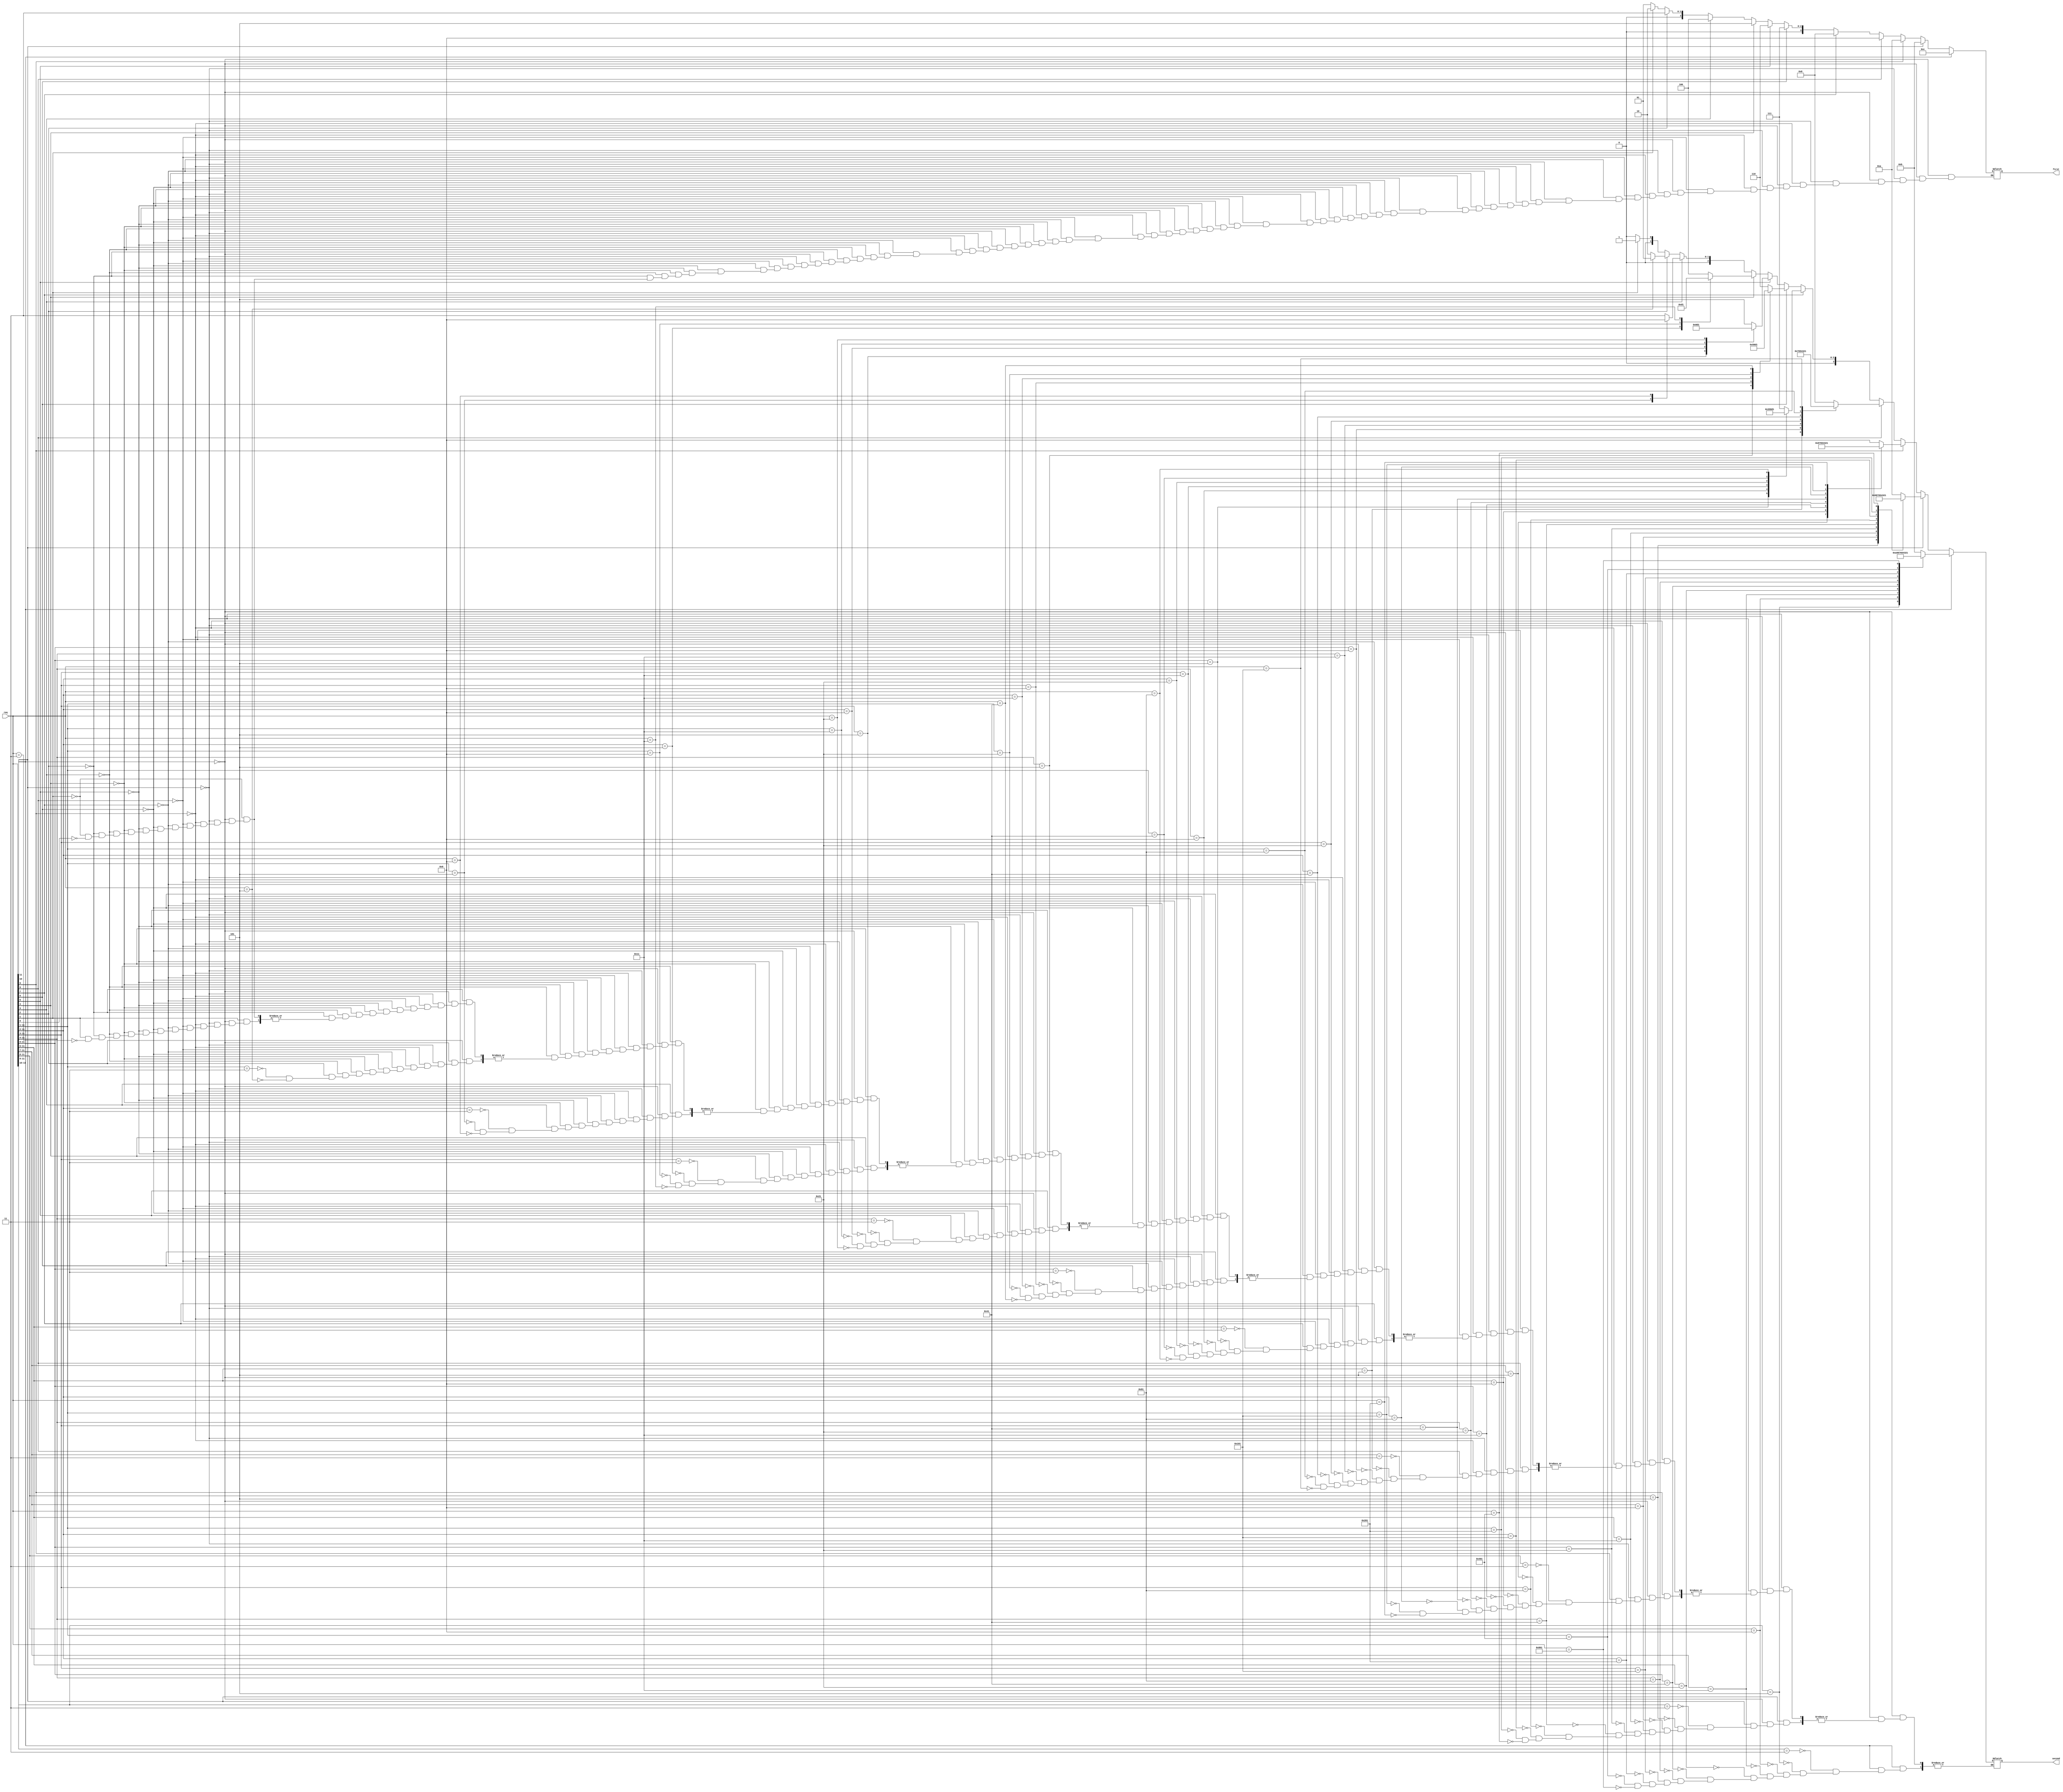
`timescale 1ns / 1ps
//////////////////////////////////////////////////////////////////////////////////
// Company: 
// Engineer: 
// 
// Design Name: 
// Module Name:    dual_priority_encoder 
// Project Name: 
// Target Devices: 
// Tool versions: 
// Description: 
//
// Dependencies: 
//
// Revision: 
// Revision 0.01 - File Created
// Additional Comments: 
//
//////////////////////////////////////////////////////////////////////////////////
module dual_priority_encoder(
    input wire [11:0] req,
	 output reg [3:0] first,
	 output reg [3:0] second
    );
    
	 always @*
	  begin
	   if(req[11])
		 begin
		 first = 4'b1100;
		  casez(req)
		  12'b11??????????: second = 4'b1011;
		  12'b101?????????: second = 4'b1010;
		  12'b1001????????: second = 4'b1001;
		  12'b10001???????: second = 4'b1000;
		  12'b100001??????: second = 4'b0111;
		  12'b1000001?????: second = 4'b0110;
		  12'b10000001????: second = 4'b0101;
		  12'b100000001???: second = 4'b0100;
		  12'b1000000001??: second = 4'b0011;
		  12'b10000000001?: second = 4'b0010;
		  12'b100000000001: second = 4'b0001;
		  endcase
		 end
		else if(req[10])
		 begin
		  first = 4'b1011;
		  casez(req)
		  12'b011?????????: second = 4'b1010;
		  12'b0101????????: second = 4'b1001;
		  12'b01001???????: second = 4'b1000;
		  12'b010001??????: second = 4'b0111;
		  12'b0100001?????: second = 4'b0110;
		  12'b01000001????: second = 4'b0101;
		  12'b010000001???: second = 4'b0100;
		  12'b0100000001??: second = 4'b0011;
		  12'b01000000001?: second = 4'b0010;
		  12'b010000000001: second = 4'b0001;
		  endcase		   
		 end
		else if(req[9])
		 begin
		  first = 4'b1010;
		  casez(req)
		  12'b0011????????: second = 4'b1001;
		  12'b00101???????: second = 4'b1000;
		  12'b001001??????: second = 4'b0111;
		  12'b0010001?????: second = 4'b0110;
		  12'b00100001????: second = 4'b0101;
		  12'b001000001???: second = 4'b0100;
		  12'b0010000001??: second = 4'b0011;
		  12'b00100000001?: second = 4'b0010;
		  12'b001000000001: second = 4'b0001;
		  endcase		   
		 end	
		else if(req[8])
		 begin
		  first = 4'b1001;
		  casez(req)
		  12'b00011???????: second = 4'b1000;
		  12'b000101??????: second = 4'b0111;
		  12'b0001001?????: second = 4'b0110;
		  12'b00010001????: second = 4'b0101;
		  12'b000100001???: second = 4'b0100;
		  12'b0001000001??: second = 4'b0011;
		  12'b00010000001?: second = 4'b0010;
		  12'b000100000001: second = 4'b0001;
		  endcase		   
		 end			  
		else if(req[7])
		 begin
		  first = 4'b1000;
		  casez(req)
		  12'b000011??????: second = 4'b0111;
		  12'b0000101?????: second = 4'b0110;
		  12'b00001001????: second = 4'b0101;
		  12'b000010001???: second = 4'b0100;
		  12'b0000100001??: second = 4'b0011;
		  12'b00001000001?: second = 4'b0010;
		  12'b000010000001: second = 4'b0001;
		  endcase		   
		 end		  
		else if(req[6])
		 begin
		  first = 4'b0111;
		  casez(req)
		  12'b0000011?????: second = 4'b0110;
		  12'b00000101????: second = 4'b0101;
		  12'b000001001???: second = 4'b0100;
		  12'b0000010001??: second = 4'b0011;
		  12'b00000100001?: second = 4'b0010;
		  12'b000001000001: second = 4'b0001;
		  endcase		   
		 end			  
		else if(req[5])
		 begin
		  first = 4'b0110;
		  casez(req)
		  12'b00000011????: second = 4'b0101;
		  12'b000000101???: second = 4'b0100;
		  12'b0000001001??: second = 4'b0011;
		  12'b00000010001?: second = 4'b0010;
		  12'b000000100001: second = 4'b0001;
		  endcase		   
		 end		
		else if(req[4])
		 begin
		  first = 4'b0101;
		  casez(req)
		  12'b000000011???: second = 4'b0100;
		  12'b0000000101??: second = 4'b0011;
		  12'b00000001001?: second = 4'b0010;
		  12'b000000010001: second = 4'b0001;
		  endcase		   
		 end			  
		else if(req[3])
		 begin
		  first = 4'b0100;
		  casez(req)
		  12'b0000000011??: second = 4'b0011;
		  12'b00000000101?: second = 4'b0010;
		  12'b000000001001: second = 4'b0001;
		  endcase		   
		 end			  
		else if(req[2])
		 begin
		  first = 4'b0011;
		  casez(req)
		  12'b00000000011?: second = 4'b0010;
		  12'b000000000101: second = 4'b0001;
		  endcase		   
		 end		  
		else if(req[1])
		 begin
		  first = 4'b0010;
		  casez(req)
		  12'b000000000011: second = 4'b0001;
		  endcase		   
		 end		  
		else if(req[0])
		 begin
		  first = 4'b0001;
        second = 4'b0000;
		 end		  
		end  
endmodule